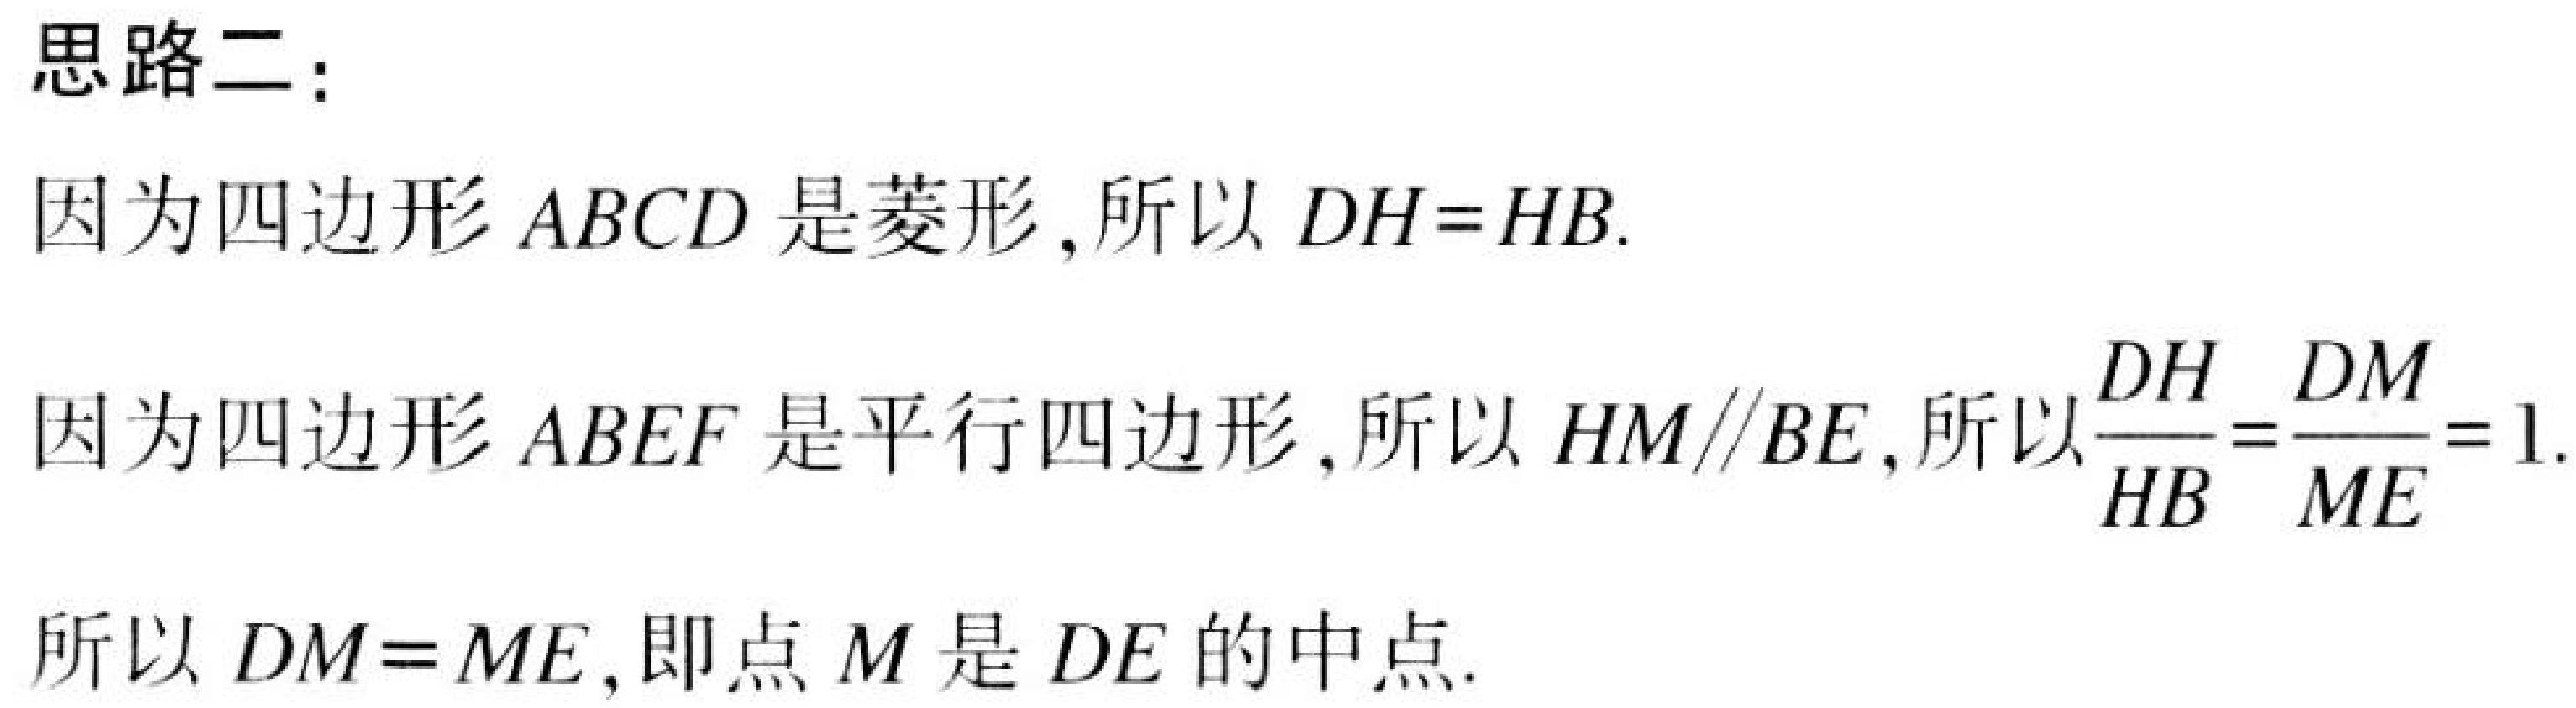
思路二：
因为四边形 \(ABCD\) 是菱形,所以 \(DH = HB\).
因为四边形 \(ABEF\) 是平行四边形,所以 \(HM\parallel BE\),所以\(\dfrac{DH}{HB}=\dfrac{DM}{ME}=1\).
所以 \(DM = ME\),即点 \(M\) 是 \(DE\) 的中点.